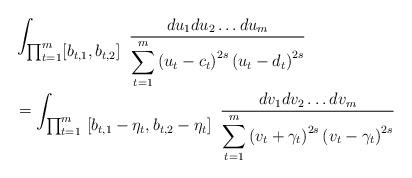
LaTeX: \begin{align*}&\int_{\textstyle\prod_{t=1}^m [b_{t,1}, b_{t,2}]}\ \frac{du_1du_2\ldots du_m}{\displaystyle \sum_{t=1}^m\left(u_t-c_t\right) ^{2s}\left(u_t-d_t \right)^{2s}}\\&=\int_{\textstyle\prod_{t=1}^m\ [b_{t,1}-\eta_t,b_{t,2}-\eta_t]}\ \frac{dv_1dv_2\ldots dv_m}{\displaystyle \sum_{t=1}^m\left(v_t+\gamma_t\right) ^{2s}\left(v_t-\gamma_t \right)^{2s}} \\\end{align*}